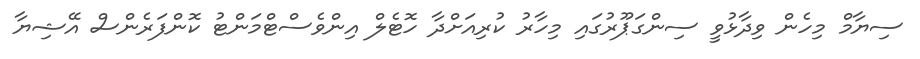
ސިޔާމް މިހެން ވިދާޅުވީ ސިންގަޕޫރުގައި މިހާރު ކުރިއަށްދާ ހޮޓެލް އިންވެސްޓްމަންޓު ކޮންފަރެންސް އޭޝިޔާ